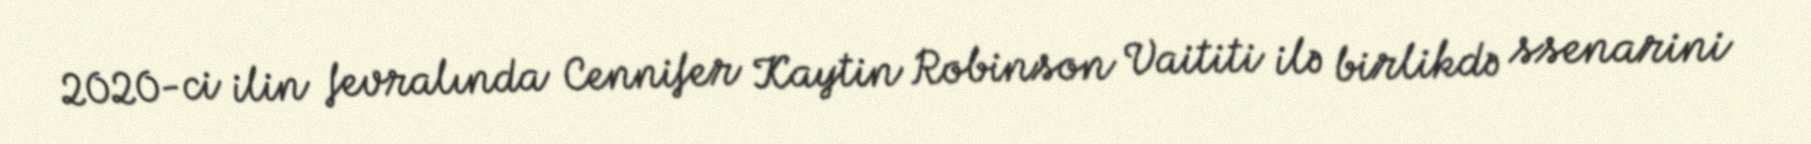
2020-ci ilin fevralında Cennifer Kaytin Robinson Vaititi ilə birlikdə ssenarini